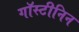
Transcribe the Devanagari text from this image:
गॉस्टीनिन